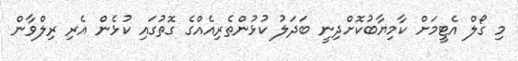
މި ގޯލް އެޓީމަށް ކާމިޔާބުކޮށްދިނީ ބަދަލު ކުޅުންތެރިއެއްގެ ގޮތުގައި ކުޅެން އެރި ރިލްވާން